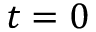
t = 0